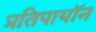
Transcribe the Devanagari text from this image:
प्रतिपायॉन